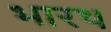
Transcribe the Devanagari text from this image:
भारथ